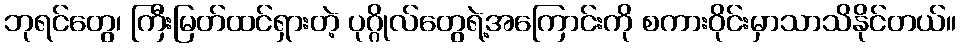
ဘုရင်တွေ၊ ကြီးမြတ်ထင်ရှားတဲ့ ပုဂ္ဂိုလ်တွေရဲ့အကြောင်းကို စကားဝိုင်းမှာသာသိနိုင်တယ်။